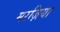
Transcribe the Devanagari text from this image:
मरज़िया